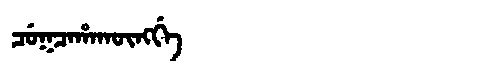
Manchu: ᠴᡠᡴᠴᠠᡥᠠᡴᡡᠩᡤᡝ
Romanization: CUKCAHAKŪNGGE